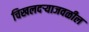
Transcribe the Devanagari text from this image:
चिखलदऱ्याजवळील